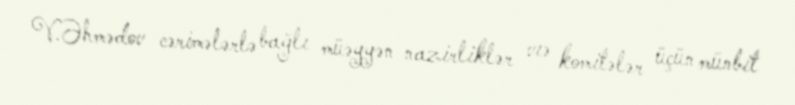
V.Əhmədov cərimələrlə bağlı müəyyən nazirliklər vıə komitələr üçün münbit